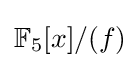
\mathbb {F} _{5}[x]/(f)